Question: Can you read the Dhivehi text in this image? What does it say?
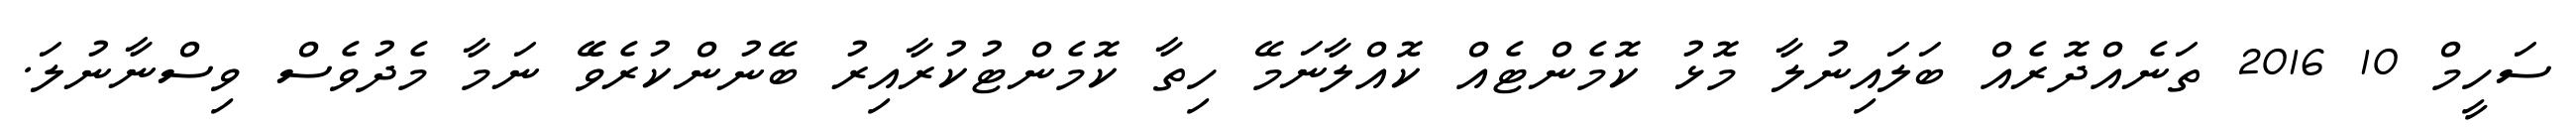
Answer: ސަހީމް 10 2016 ތަނެއްދޮރެއް ބަލައިނުލާ މޮޅު ކޮމެންޓެއް ކޮއްލާނަމޭ ހިތާ ކޮމެންޓުކުރާއިރު ބޭނުންކުރެވޭެ ނަމާ މެދުވެސް ވިސްނާނުލަ.